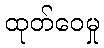
ထုတ်ဝေမှု